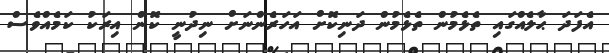
އެފަދަ ޙާލެއްގައި ތެޅެމުން ތެޅެމުން ދަނިކޮށް އަހަރެންނަށް ނިދުނީ ކޮން އިރަކު ކަމެއްވެސް